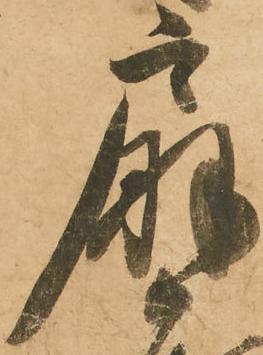
扇